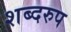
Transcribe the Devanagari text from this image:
शब्दरुप